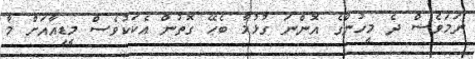
ނަމަވެސް ދެ މީހުންގެ އޮންނަ ގުޅުމާ ބެހޭ ގޮތުން އެކަކުވެސް މީޑިއާއަށް މާ